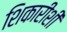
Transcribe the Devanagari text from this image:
शिकारीशी